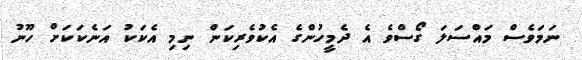
ނަމަވެސް މައްސަލަ ގޯސްވެ އެ ދެމީހުންގެ އެކުވެރިކަން ނިމި އެކަކު އަނެކަކަށް ހޫނު